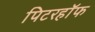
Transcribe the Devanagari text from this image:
पिटरहॉफ